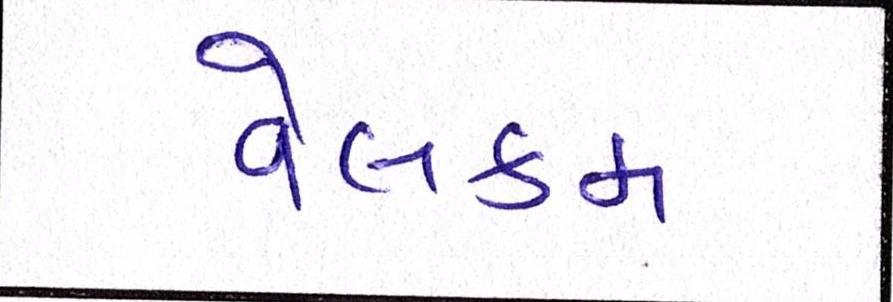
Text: વેલકમ